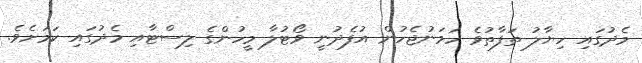
މެދުގައި ހިޔާލު ތަފާތުވެ ހަމަނުޖެހުން އުފެދުނީ ވޯޓުލާ މީހުންގެ ލިސްޓާއި މެދުގައި ކަމަށެވެ.